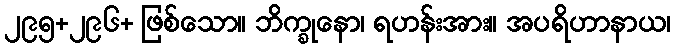
၂၉၅+၂၉၆+ ဖြစ်သော။ ဘိက္ခုနော၊ ရဟန်းအား။ အပရိဟာနာယ၊